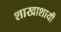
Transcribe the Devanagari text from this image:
शाखाशायी